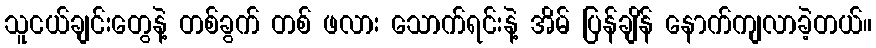
သူငယ်ချင်းတွေနဲ့ တစ်ခွက် တစ် ဖလား သောက်ရင်းနဲ့ အိမ် ပြန်ချိန် နောက်ကျလာခဲ့တယ်။